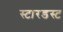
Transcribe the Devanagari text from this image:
स्‍टारडस्‍ट